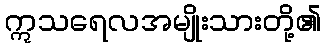
ဣသရေလအမျိုးသားတို့၏